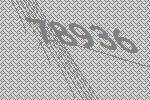
78936